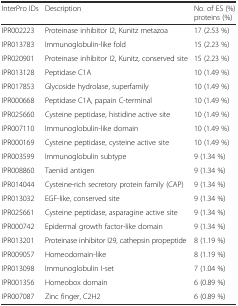
<table><thead><tr><td><b>InterPro IDs</b></td><td><b>Description</b></td><td><b>No. of ES (%) proteins (%)</b></td></tr></thead><tbody><tr><td>IPR002223</td><td>Proteinase inhibitor I2, Kunitz metazoa</td><td>17 (2.53 %)</td></tr><tr><td>IPR013783</td><td>Immunoglobulin-like fold</td><td>15 (2.23 %)</td></tr><tr><td>IPR020901</td><td>Proteinase inhibitor I2, Kunitz, conserved site</td><td>15 (2.23 %)</td></tr><tr><td>IPR013128</td><td>Peptidase C1A</td><td>10 (1.49 %)</td></tr><tr><td>IPR017853</td><td>Glycoside hydrolase, superfamily</td><td>10 (1.49 %)</td></tr><tr><td>IPR000668</td><td>Peptidase C1A, papain C-terminal</td><td>10 (1.49 %)</td></tr><tr><td>IPR025660</td><td>Cysteine peptidase, histidine active site</td><td>10 (1.49 %)</td></tr><tr><td>IPR007110</td><td>Immunoglobulin-like domain</td><td>10 (1.49 %)</td></tr><tr><td>IPR000169</td><td>Cysteine peptidase, cysteine active site</td><td>10 (1.49 %)</td></tr><tr><td>IPR003599</td><td>Immunoglobulin subtype</td><td>9 (1.34 %)</td></tr><tr><td>IPR008860</td><td>Taeniid antigen</td><td>9 (1.34 %)</td></tr><tr><td>IPR014044</td><td>Cysteine-rich secretory protein family (CAP)</td><td>9 (1.34 %)</td></tr><tr><td>IPR013032</td><td>EGF-like, conserved site</td><td>9 (1.34 %)</td></tr><tr><td>IPR025661</td><td>Cysteine peptidase, asparagine active site</td><td>9 (1.34 %)</td></tr><tr><td>IPR000742</td><td>Epidermal growth factor-like domain</td><td>9 (1.34 %)</td></tr><tr><td>IPR013201</td><td>Proteinase inhibitor I29, cathepsin propeptide</td><td>8 (1.19 %)</td></tr><tr><td>IPR009057</td><td>Homeodomain-like</td><td>8 (1.19 %)</td></tr><tr><td>IPR013098</td><td>Immunoglobulin I-set</td><td>7 (1.04 %)</td></tr><tr><td>IPR001356</td><td>Homeobox domain</td><td>6 (0.89 %)</td></tr><tr><td>IPR007087</td><td>Zinc finger, C2H2</td><td>6 (0.89 %)</td></tr></tbody></table>